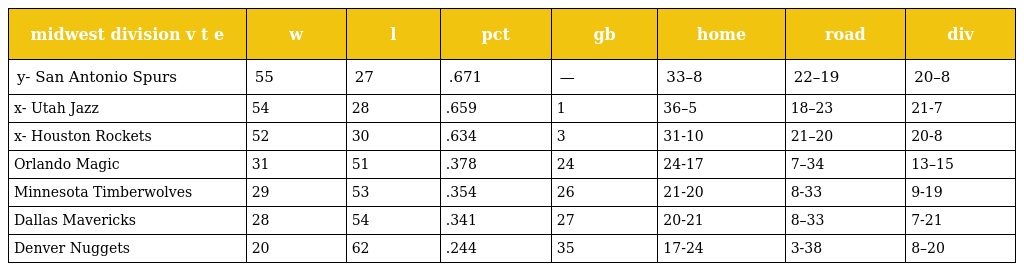
| midwest division v t e | w | l | pct | gb | home | road | div |
 | --- | --- | --- | --- | --- | --- | --- | --- |
 | y- San Antonio Spurs | 55 | 27 | .671 | — | 33–8 | 22–19 | 20–8 |
 | x- Utah Jazz | 54 | 28 | .659 | 1 | 36–5 | 18–23 | 21-7 |
 | x- Houston Rockets | 52 | 30 | .634 | 3 | 31-10 | 21–20 | 20-8 |
 | Orlando Magic | 31 | 51 | .378 | 24 | 24-17 | 7–34 | 13–15 |
 | Minnesota Timberwolves | 29 | 53 | .354 | 26 | 21-20 | 8-33 | 9-19 |
 | Dallas Mavericks | 28 | 54 | .341 | 27 | 20-21 | 8–33 | 7-21 |
 | Denver Nuggets | 20 | 62 | .244 | 35 | 17-24 | 3-38 | 8–20 |